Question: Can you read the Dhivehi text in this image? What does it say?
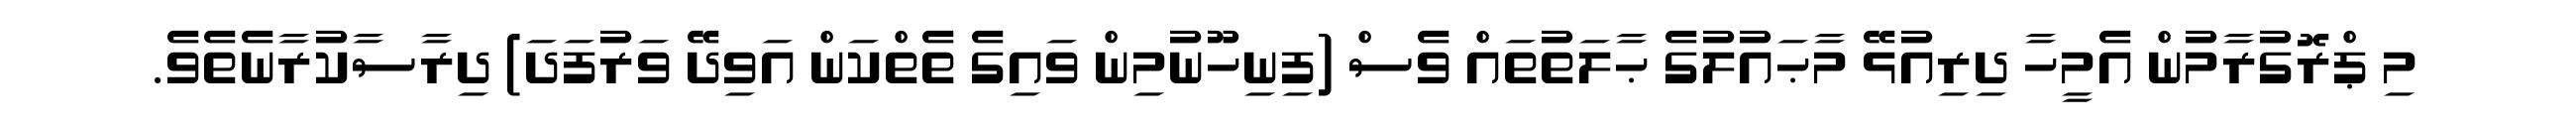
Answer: މި ޕްރޮގުރާމުން އެމީހާ ދިރިއުޅޭ މާޙައުލުގެ ޙާލަތުތައް ވެސް (ފިނިހޫނުމިން ވައިގެ ތެތްކަން އަވިދޭ ވަރުފަދަ) ދިރާސާކުރާނެތެވެ.